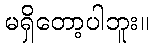
မရှိတော့ပါဘူး။